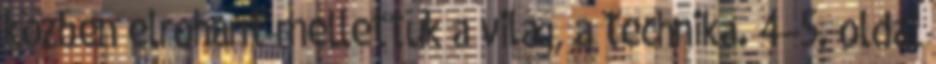
közben elrohant mellettük a világ, a technika. 4–5. oldal